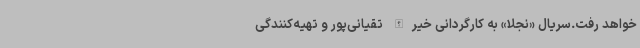
خواهد رفت.سریال «نجلا» به کارگردانی خیرالله تقیانی‌پور و تهیه‌کنندگی